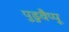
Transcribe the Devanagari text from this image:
पुडुवैप्पू